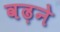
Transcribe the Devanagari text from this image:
वढ़ने